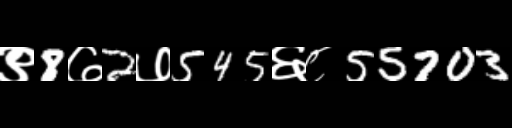
Text: ९8७2७545६८55703